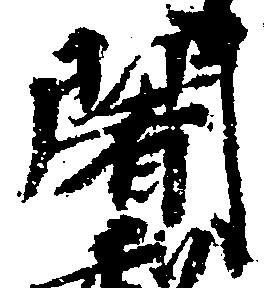
闍